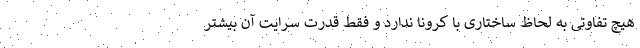
هیچ تفاوتی به لحاظ ساختاری با کرونا ندارد و فقط قدرت سرایت آن بیشتر